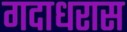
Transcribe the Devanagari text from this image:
गदाधरास